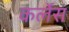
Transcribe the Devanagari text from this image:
कर्लेस